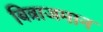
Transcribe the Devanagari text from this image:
बित्राजमान